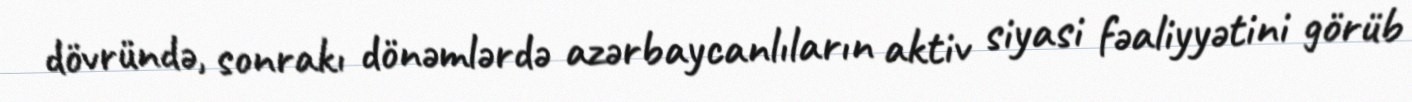
dövründə, sonrakı dönəmlərdə azərbaycanlıların aktiv siyasi fəaliyyətini görüb